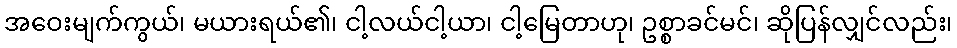
အဝေးမျက်ကွယ်၊ မယားရယ်၏၊ ငါ့လယ်ငါ့ယာ၊ ငါ့မြေတာဟု၊ ဥစ္စာခင်မင်၊ ဆိုပြန်လျှင်လည်း၊